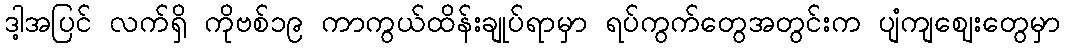
ဒါ့အပြင် လက်ရှိ ကိုဗစ်၁၉ ကာကွယ်ထိန်းချုပ်ရာမှာ ရပ်ကွက်တွေအတွင်းက ပျံကျဈေးတွေမှာ